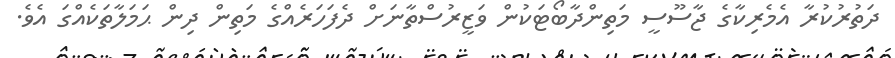
ދަތުރުކުރާ އެމެރިކާގެ ޖާސޫސީ މަތިންދާބޯޓަކުން ވަޒީރުސްތާނަށް ދެފަހަރެއްގެ މަތިން ދިން ޙަމަލާތަކެއްގަ އެވެ.